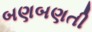
બણબણતી